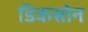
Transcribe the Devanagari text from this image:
डिकसोन